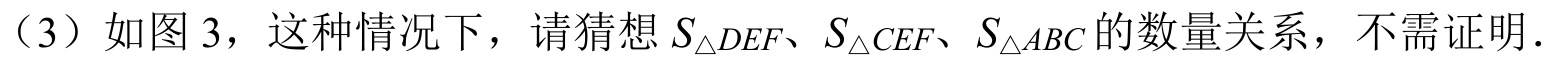
（3）如图 3，这种情况下，请猜想$S_{\triangle DEF}、S_{\triangle CEF}、S_{\triangle ABC}$的数量关系，不需证明．